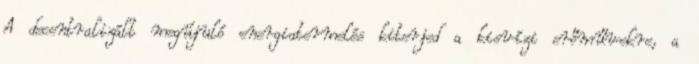
A decentralizált megújuló energiatermelés kiterjed a kisvízi erőművekre, a